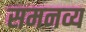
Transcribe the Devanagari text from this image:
समनव्य